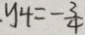
. y _ { 4 } = - \frac { 3 } { 4 }